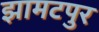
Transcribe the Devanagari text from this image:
झामटपुर